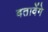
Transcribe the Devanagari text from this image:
बतावेंगे